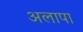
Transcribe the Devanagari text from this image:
अलापा